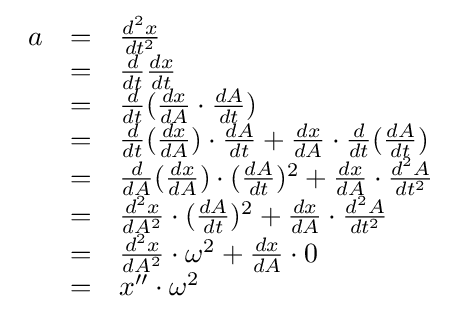
{\begin{array}{lcl}a&=&{\frac {d^{2}x}{dt^{2}}}\\&=&{\frac {d}{dt}}{\frac {dx}{dt}}\\&=&{\frac {d}{dt}}({\frac {dx}{dA}}\cdot {\frac {dA}{dt}})\\&=&{\frac {d}{dt}}({\frac {dx}{dA}})\cdot {\frac {dA}{dt}}+{\frac {dx}{dA}}\cdot {\frac {d}{dt}}({\frac {dA}{dt}})\\&=&{\frac {d}{dA}}({\frac {dx}{dA}})\cdot ({\frac {dA}{dt}})^{2}+{\frac {dx}{dA}}\cdot {\frac {d^{2}A}{dt^{2}}}\\&=&{\frac {d^{2}x}{dA^{2}}}\cdot ({\frac {dA}{dt}})^{2}+{\frac {dx}{dA}}\cdot {\frac {d^{2}A}{dt^{2}}}\\&=&{\frac {d^{2}x}{dA^{2}}}\cdot \omega ^{2}+{\frac {dx}{dA}}\cdot 0\\&=&x''\cdot \omega ^{2}\\\end{array}}